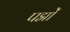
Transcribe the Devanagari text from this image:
पद्मों